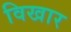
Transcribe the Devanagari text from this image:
विखार